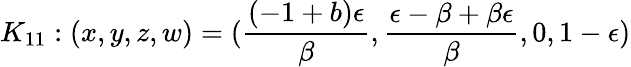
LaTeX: K_{11}:(x,y,z,w)=(\frac{(-1+b)\epsilon}{\beta},\frac{\epsilon-\beta+\beta\epsilon}{\beta},0,1-\epsilon)